Civil Veterinary Dept. Assam report 1911-1927 - 1911-1927
Year: 1911
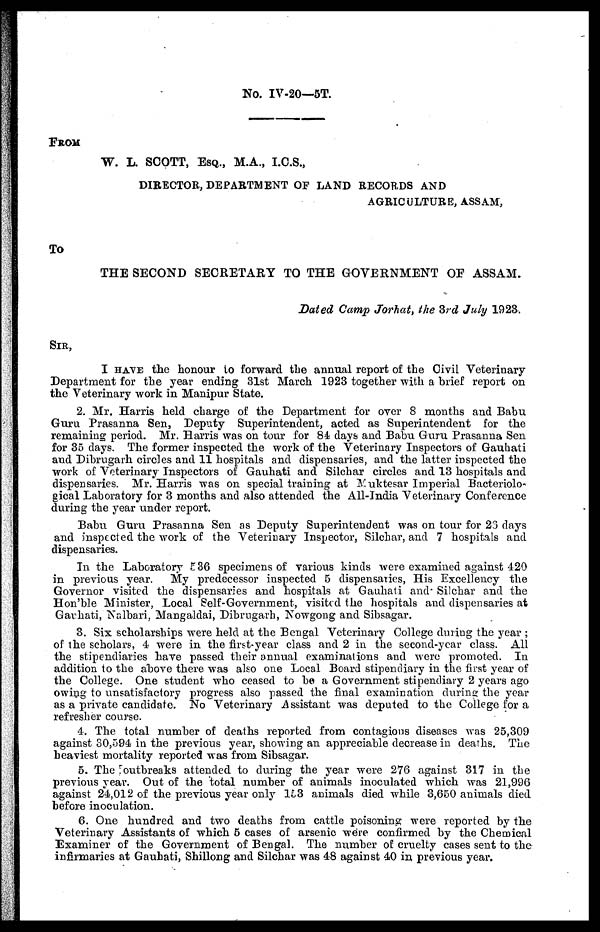
No. IV-20—5T.
FROM
W. L. SCOTT, ESQ., M.A., I.C.S.,
DIRECTOR, DEPARTMENT OF LAND RECORDS AND
AGRICULTURE, ASSAM,
To
THE SECOND SECRETARY TO THE GOVERNMENT OF ASSAM.
Dated Camp Jorhat, the 3rd July 1923.
SIR,
I HAVE the honour to forward the annual report of the Civil Veterinary
Department for the year ending 31st March 1923 together with a brief report on
the Veterinary work in Manipur State.
2. Mr. Harris held charge of the Department for over 8 months and Babu
Guru Prasanna Sen, Deputy Superintendent, acted as Superintendent for the
remaining period. Mr. Harris was on tour for 84 days and Babu Guru Prasanna Sen
for 35 days. The former inspected the work of the Veterinary Inspectors of Gauhati
and Dibrugarh circles and 11 hospitals and dispensaries, and the latter inspected the
work of Veterinary Inspectors of Gauhati and Silchar circles and 13 hospitals and
dispensaries. Mr. Harris was on special training at Muktesar Imperial Bacteriolo-
gical Laboratory for 3 months and also attended the All-India Veterinary Conference
during the year under report.
Babu Guru Prasanna Sen as Deputy Superintendent was on tour for 23 days
and inspected the work of the Veterinary Inspector, Silchar, and 7 hospitals and
dispensaries.
In the Laboratory 536 specimens of various kinds were examined against 420
in previous year. My predecessor inspected 5 dispensaries, His Excellency the
Governor visited the dispensaries and hospitals at Gauhati and Silchar and the
Hon'ble Minister, Local Self-Government, visited the hospitals and dispensaries at
Gauhati, Nalbari, Mangaldai, Dibrugarh, Nowgong and Sibsagar.
3. Six scholarships were held at the Bengal Veterinary College during the year;
of the scholars, 4 were in the first-year class and 2 in the second-year class. All
the stipendiaries have passed their annual examinations and were promoted. In
addition to the above there was also one Local Board stipendiary in the first year of
the College. One student who ceased to be a Government stipendiary 2 years ago
owing to unsatisfactory progress also passed the final examination during the year
as a private candidate. No Veterinary Assistant was deputed to the College for a
refresher course.
4. The total number of deaths reported from contagious diseases was 25,309
against 30,594 in the previous year, showing an appreciable decrease in deaths. The
heaviest mortality reported was from Sibsagar.
5. The outbreaks attended to during the year were 276 against 317 in the
previous year. Out of the total number of animals inoculated which was 21,996
against 24,012 of the previous year only 153 animals died while 3,650 animals died
before inoculation.
6. One hundred and two deaths from cattle poisoning were reported by the
Veterinary Assistants of which 5 cases of arsenic were confirmed by the Chemical
Examiner of the Government of Bengal. The number of cruelty cases sent to the
infirmaries at Gauhati, Shillong and Silchar was 48 against 40 in previous year.